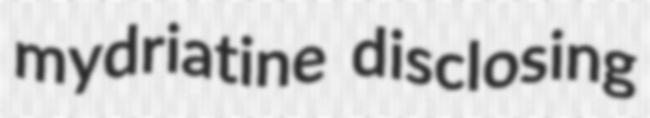
mydriatine disclosing